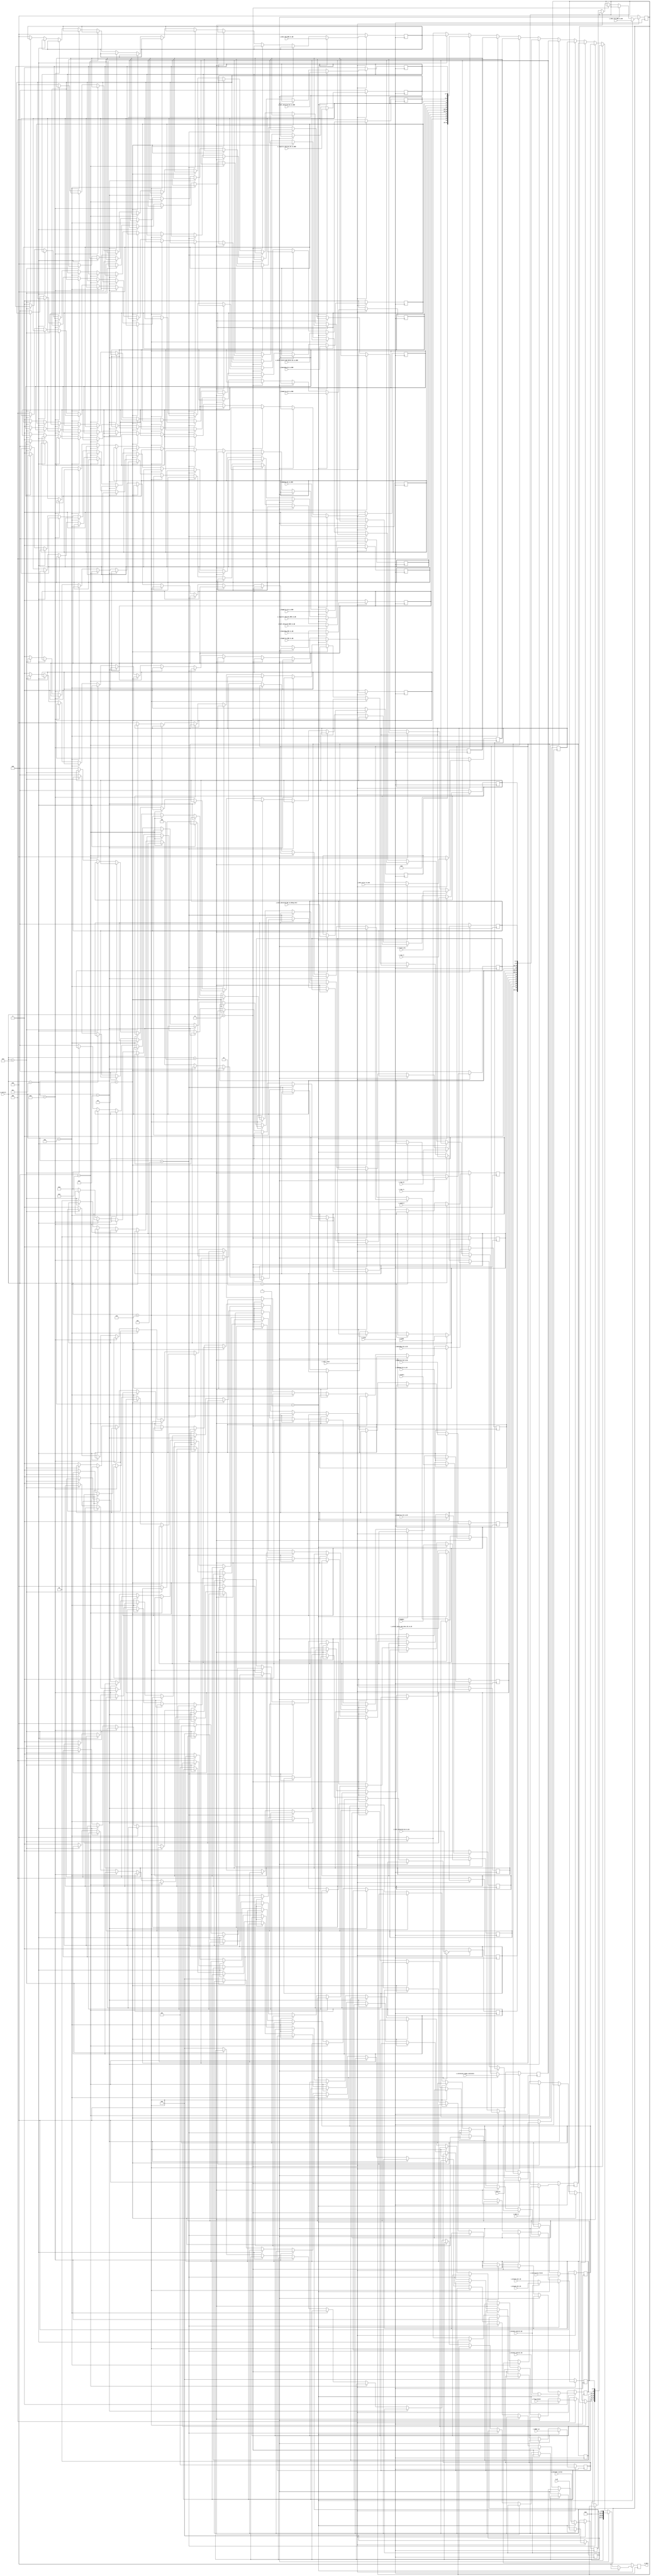
`timescale 1ns / 1ps

//////////////////////////////////////////////////////////////////////////////////////////////////
// Trabajo Practico Nro. 4. MIPS.
// Base de datos.
// Integrantes: Kleiner Matias, Lopez Gaston.
// Materia: Arquitectura de Computadoras.
// FCEFyN. UNC.
// Anio 2019.
//////////////////////////////////////////////////////////////////////////////////////////////////


module database
   #(
        parameter ADDR_LENGTH = 10,
        parameter LONGITUD_INSTRUCCION = 32,
        parameter CANT_BITS_CONTROL = 4,
        parameter CANT_BITS_REGISTROS = 32,
        parameter CANT_BITS_ALU_OP = 2,
        parameter CANT_BITS_ALU_CONTROL = 4,
        parameter CANT_REGISTROS = 32,
        parameter CANT_BITS_SELECT_BYTES_MEM_DATA = 3,
        parameter WIDTH_DATA_MEM = 32,
        parameter CANT_BITS_FLAG_BRANCH = 3
   )
   (
        input i_clock,
        input i_soft_reset,
        input [CANT_BITS_CONTROL - 1 : 0] i_control,

        input [ADDR_LENGTH - 1 : 0] i_contador_ciclos, 

        // Intruction Fetch.
        input [ADDR_LENGTH - 1 : 0] i_pc,
        input [ADDR_LENGTH - 1 : 0] i_adder_pc,
        input [LONGITUD_INSTRUCCION - 1 : 0] i_instruction_fetch,


        // Instruction Decode.

        input [ADDR_LENGTH - 1 : 0] i_branch_dir_ID,
        input i_branch_control_ID,

        input [CANT_BITS_REGISTROS - 1 : 0] i_data_A,
        input [CANT_BITS_REGISTROS - 1 : 0] i_data_B,

        input [CANT_BITS_REGISTROS - 1 : 0] i_extension_signo_constante,
        input [clogb2 (CANT_REGISTROS - 1) - 1 : 0] i_reg_rs,
        input [clogb2 (CANT_REGISTROS - 1) - 1 : 0] i_reg_rt,
        input [clogb2 (CANT_REGISTROS - 1) - 1 : 0] i_reg_rd,
        input i_halt_detected_ID_to_EX,
        input [CANT_BITS_FLAG_BRANCH - 1 : 0] i_flag_branch,
       
        // Control de instruction decode.

        input i_RegDst,
        input i_RegWrite_ID_to_EX,
        input i_ALUSrc,
        input [CANT_BITS_ALU_OP - 1 : 0] i_ALUOp,
        input i_MemRead_ID_to_EX,
        input i_MemWrite_ID_to_EX,
        input i_MemtoReg_ID_to_EX,
        input [CANT_BITS_ALU_CONTROL - 1 : 0] i_ALUCtrl,
        input [CANT_BITS_SELECT_BYTES_MEM_DATA - 1 : 0] i_select_bytes_mem_data_ID_to_EX,


        // Ejecucion

        input i_RegWrite_EX_to_MEM,
        input i_MemRead_EX_to_MEM,
        input i_MemWrite_EX_to_MEM, 
        input i_MemtoReg_EX_to_MEM,
        input [CANT_BITS_SELECT_BYTES_MEM_DATA - 1 : 0] i_select_bytes_mem_datos_EX_to_MEM,
        input i_halt_detected_EX_to_MEM, 
        input [clogb2 (CANT_REGISTROS - 1) - 1 : 0] i_registro_destino_EX_to_MEM,
        input [CANT_BITS_REGISTROS - 1 : 0] i_result_alu,
        input [WIDTH_DATA_MEM - 1 : 0] i_data_write_to_mem,
        input i_branch_control_EX,
        input [ADDR_LENGTH - 1 : 0] i_branch_dir_EX,


        // Memoria

        input i_RegWrite_MEM_to_WB,
        input i_MemtoReg_MEM_to_WB,
        input i_halt_detected_MEM_to_WB,
        input [clogb2 (CANT_REGISTROS - 1) - 1 : 0] i_registro_destino_MEM_to_WB,
        input [CANT_BITS_REGISTROS - 1 : 0] i_data_alu_MEM_to_WB,
        input [CANT_BITS_REGISTROS - 1 : 0] i_data_mem_MEM_to_WB,

        // Write Back

        input i_halt_detected_WB_to_Debug_Unit,

        output reg [LONGITUD_INSTRUCCION - 1 : 0] o_dato

   );

    reg [ADDR_LENGTH - 1 : 0] reg_contador_ciclos;

    // Instruction fetch.
    reg [ADDR_LENGTH - 1 : 0] reg_pc;
    reg [ADDR_LENGTH - 1 : 0] reg_adder_pc;
    reg [LONGITUD_INSTRUCCION - 1 : 0] reg_instruction_fetch;

    //Instruction decode.
    reg [ADDR_LENGTH - 1 : 0] reg_branch_dir;
    reg reg_branch_control;
    reg [CANT_BITS_FLAG_BRANCH - 1 : 0] reg_flag_branch;

    reg [CANT_BITS_REGISTROS - 1 : 0] reg_data_A;
    reg [CANT_BITS_REGISTROS - 1 : 0] reg_data_B;

    reg [CANT_BITS_REGISTROS - 1 : 0] reg_extension_signo_constante;
    reg [clogb2 (CANT_REGISTROS - 1) - 1 : 0] reg_rs;
    reg [clogb2 (CANT_REGISTROS - 1) - 1 : 0] reg_rt;
    reg [clogb2 (CANT_REGISTROS - 1) - 1 : 0] reg_rd;
    reg reg_halt_detected_ID_to_EX;

    // Instruction decode control.
    reg reg_RegDst;
    reg reg_RegWrite_ID_to_EX;
    reg reg_ALUSrc;
    reg [CANT_BITS_ALU_OP - 1 : 0] reg_ALUOp;
    reg reg_MemRead_ID_to_EX;
    reg reg_MemWrite_ID_to_EX;
    reg reg_MemtoReg_ID_to_EX;
    reg [CANT_BITS_ALU_CONTROL - 1 : 0] reg_ALUCtrl;
    reg [CANT_BITS_SELECT_BYTES_MEM_DATA - 1 : 0] reg_select_bytes_mem_data_ID_to_EX; 

    // Ejecucion

    reg reg_RegWrite_EX_to_MEM;
    reg reg_MemRead_EX_to_MEM;
    reg reg_MemWrite_EX_to_MEM; 
    reg reg_MemtoReg_EX_to_MEM;
    reg [CANT_BITS_SELECT_BYTES_MEM_DATA - 1 : 0] reg_select_bytes_mem_datos_EX_to_MEM;
    reg reg_halt_detected_EX_to_MEM; 
    reg [clogb2 (CANT_REGISTROS - 1) - 1 : 0] reg_registro_destino_EX_to_MEM;
    reg [CANT_BITS_REGISTROS - 1 : 0] reg_result_alu;
    reg [WIDTH_DATA_MEM - 1 : 0] reg_data_write_to_mem;
    



    // Memoria

    reg reg_RegWrite_MEM_to_WB;
    reg reg_MemtoReg_MEM_to_WB;
    reg reg_halt_detected_MEM_to_WB;
    reg [clogb2 (CANT_REGISTROS - 1) - 1 : 0] reg_registro_destino_MEM_to_WB;
    reg [CANT_BITS_REGISTROS - 1 : 0] reg_data_alu_MEM_to_WB;
    reg [CANT_BITS_REGISTROS - 1 : 0] reg_data_mem_MEM_to_WB;

    // Write Back
    reg reg_halt_detected_WB_to_Debug_Unit;

   //  The following function calculates the address width based on specified RAM depth
    function integer clogb2;
        input integer depth;
            for (clogb2=0; depth>0; clogb2=clogb2+1)
                depth = depth >> 1;
    endfunction


    // Wires.
    wire wire_branch_control_IF;
    assign wire_branch_control_IF = i_branch_control_EX | i_branch_control_ID;
    wire [ADDR_LENGTH - 1 : 0] wire_branch_dir_IF;
    assign wire_branch_dir_IF = (i_branch_control_EX) ? i_branch_dir_EX : i_branch_dir_ID;
  
  always @(posedge i_clock) begin
    if (~ i_soft_reset) begin
        reg_pc <= 0;
        reg_adder_pc <= 4;
        reg_instruction_fetch <= 0;
        reg_contador_ciclos <= 0;
        o_dato <= 0;
        reg_branch_dir <= 0;
        reg_branch_control <= 0;
        reg_data_A <= 0; 
        reg_data_B <= 0;
        reg_extension_signo_constante <= 0;
        reg_rs <= 0;
        reg_rt <= 0;
        reg_rd <= 0;
        reg_RegDst <= 0;
        reg_RegWrite_ID_to_EX <= 0;
        reg_ALUSrc <= 0;
        reg_ALUOp <= 0;
        reg_MemRead_ID_to_EX <= 0;
        reg_MemWrite_ID_to_EX <= 0;
        reg_MemtoReg_ID_to_EX <= 0;
        reg_ALUCtrl <= 0;
        reg_select_bytes_mem_data_ID_to_EX <= 0;
        reg_halt_detected_ID_to_EX <= 0;
        reg_RegWrite_EX_to_MEM <= 0;
        reg_MemRead_EX_to_MEM <= 0;
        reg_MemWrite_EX_to_MEM <= 0; 
        reg_MemtoReg_EX_to_MEM <= 0;
        reg_select_bytes_mem_datos_EX_to_MEM <= 0;
        reg_halt_detected_EX_to_MEM <= 0; 
        reg_registro_destino_EX_to_MEM <= 0;
        reg_result_alu <= 0;
        reg_data_write_to_mem <= 0;
        reg_RegWrite_MEM_to_WB <= 0;
        reg_MemtoReg_MEM_to_WB <= 0;
        reg_halt_detected_MEM_to_WB <= 0;
        reg_registro_destino_MEM_to_WB <= 0;
        reg_data_alu_MEM_to_WB <= 0;
        reg_data_mem_MEM_to_WB <= 0;
        reg_halt_detected_WB_to_Debug_Unit <= 0;
        reg_flag_branch <= 0;
    end
    else begin
        if (i_control == 0) begin // No se hace nada, se mantienen los valores.
            reg_pc <= reg_pc;
            reg_adder_pc <= reg_adder_pc;
            reg_instruction_fetch <= reg_instruction_fetch;
            o_dato <= o_dato;
            reg_contador_ciclos <= reg_contador_ciclos;
            reg_branch_dir <= reg_branch_dir;
            reg_branch_control <= reg_branch_control;
            reg_data_A <= reg_data_A; 
            reg_data_B <= reg_data_B;
            reg_extension_signo_constante <= reg_extension_signo_constante;
            reg_rs <= reg_rs;
            reg_rt <= reg_rt;
            reg_rd <= reg_rd;
            reg_RegDst <= reg_RegDst;
            reg_RegWrite_ID_to_EX <= reg_RegWrite_ID_to_EX;
            reg_ALUSrc <= reg_ALUSrc;
            reg_ALUOp <= reg_ALUOp;
            reg_MemRead_ID_to_EX <= reg_MemRead_ID_to_EX;
            reg_MemWrite_ID_to_EX <= reg_MemWrite_ID_to_EX;
            reg_MemtoReg_ID_to_EX <= reg_MemtoReg_ID_to_EX;
            reg_ALUCtrl <= reg_ALUCtrl;
            reg_select_bytes_mem_data_ID_to_EX <= reg_select_bytes_mem_data_ID_to_EX;
            reg_halt_detected_ID_to_EX <= reg_halt_detected_ID_to_EX;
            reg_RegWrite_EX_to_MEM <= reg_RegWrite_EX_to_MEM;
            reg_MemRead_EX_to_MEM <= reg_MemRead_EX_to_MEM;
            reg_MemWrite_EX_to_MEM <= reg_MemWrite_EX_to_MEM; 
            reg_MemtoReg_EX_to_MEM <= reg_MemtoReg_EX_to_MEM;
            reg_select_bytes_mem_datos_EX_to_MEM <= reg_select_bytes_mem_datos_EX_to_MEM;
            reg_halt_detected_EX_to_MEM <= reg_halt_detected_EX_to_MEM; 
            reg_registro_destino_EX_to_MEM <= reg_registro_destino_EX_to_MEM;
            reg_result_alu <= reg_result_alu;
            reg_data_write_to_mem <= reg_data_write_to_mem;
            reg_RegWrite_MEM_to_WB <= reg_RegWrite_MEM_to_WB;
            reg_MemtoReg_MEM_to_WB <= reg_MemtoReg_MEM_to_WB;
            reg_halt_detected_MEM_to_WB <= reg_halt_detected_MEM_to_WB;
            reg_registro_destino_MEM_to_WB <= reg_registro_destino_MEM_to_WB;
            reg_data_alu_MEM_to_WB <= reg_data_alu_MEM_to_WB;
            reg_data_mem_MEM_to_WB <= reg_data_mem_MEM_to_WB;
            reg_halt_detected_WB_to_Debug_Unit <= reg_halt_detected_WB_to_Debug_Unit;
            reg_flag_branch <= reg_flag_branch;
        end 
        if (i_control == 1) begin // Se guardan los valores de las entradas en los registros.
            reg_pc <= i_pc;
            reg_adder_pc <= i_adder_pc;
            reg_instruction_fetch <= i_instruction_fetch;
            reg_contador_ciclos <= i_contador_ciclos;
            o_dato <= 0;
            reg_branch_dir <= wire_branch_dir_IF;
            reg_branch_control <= wire_branch_control_IF;
            reg_flag_branch <= i_flag_branch;
            reg_data_A <= i_data_A; 
            reg_data_B <= i_data_B;
            reg_extension_signo_constante <= i_extension_signo_constante;
            reg_rs <= i_reg_rs;
            reg_rt <= i_reg_rt;
            reg_rd <= i_reg_rd;
            reg_RegDst <= i_RegDst;
            reg_RegWrite_ID_to_EX <= i_RegWrite_ID_to_EX;
            reg_ALUSrc <= i_ALUSrc;
            reg_ALUOp <= i_ALUOp;
            reg_MemRead_ID_to_EX <= i_MemRead_ID_to_EX;
            reg_MemWrite_ID_to_EX <= i_MemWrite_ID_to_EX;
            reg_MemtoReg_ID_to_EX <= i_MemtoReg_ID_to_EX;
            reg_ALUCtrl <= i_ALUCtrl;
            reg_select_bytes_mem_data_ID_to_EX <= i_select_bytes_mem_data_ID_to_EX;
            reg_halt_detected_ID_to_EX <= i_halt_detected_ID_to_EX;
            reg_RegWrite_EX_to_MEM <= i_RegWrite_EX_to_MEM;
            reg_MemRead_EX_to_MEM <= i_MemRead_EX_to_MEM;
            reg_MemWrite_EX_to_MEM <= i_MemWrite_EX_to_MEM; 
            reg_MemtoReg_EX_to_MEM <= i_MemtoReg_EX_to_MEM;
            reg_select_bytes_mem_datos_EX_to_MEM <= i_select_bytes_mem_datos_EX_to_MEM;
            reg_halt_detected_EX_to_MEM <= i_halt_detected_EX_to_MEM; 
            reg_registro_destino_EX_to_MEM <= i_registro_destino_EX_to_MEM;
            reg_result_alu <= i_result_alu;
            reg_data_write_to_mem <= i_data_write_to_mem;
            reg_RegWrite_MEM_to_WB <= i_RegWrite_MEM_to_WB;
            reg_MemtoReg_MEM_to_WB <= i_MemtoReg_MEM_to_WB;
            reg_halt_detected_MEM_to_WB <= i_halt_detected_MEM_to_WB;
            reg_registro_destino_MEM_to_WB <= i_registro_destino_MEM_to_WB;
            reg_data_alu_MEM_to_WB <= i_data_alu_MEM_to_WB;
            reg_data_mem_MEM_to_WB <= i_data_mem_MEM_to_WB;
            reg_halt_detected_WB_to_Debug_Unit <= i_halt_detected_WB_to_Debug_Unit;
                       
        end
        else if (i_control == 2) begin // Se devuelve el contador de programa y el contador de ciclos a la salida.
            o_dato <= {reg_pc, {((CANT_BITS_REGISTROS/2) - ADDR_LENGTH){1'b0}}, reg_contador_ciclos};
        end
        else if (i_control == 3) begin // Se devuelve la salida del adder del instruction fetch en la salida de este modulo. Tambien la direccion, el control del salto y el flag branch.
            o_dato <= {reg_adder_pc, {((CANT_BITS_REGISTROS/2) - ADDR_LENGTH - CANT_BITS_FLAG_BRANCH - 1){1'b0}}, reg_flag_branch, reg_branch_control, reg_branch_dir};
        end
        
        else if (i_control == 4) begin // Se devuelve la instruccion que pasa a la etapa de ID en la salida de este modulo. 
            o_dato <= reg_instruction_fetch;
        end
        
        else if (i_control == 5) begin // Se devuelve el contenido de reg_data_A  en la salida de este modulo. 
            o_dato <= reg_data_A;
        end
        else if (i_control == 6) begin // Se devuelve el contenido de reg_data_B  en la salida de este modulo. 
            o_dato <= reg_data_B;
        end
        else if (i_control == 7) begin // Se devuelve el contenido de reg_extension_signo_constante en la salida de este modulo. 
            o_dato <= reg_extension_signo_constante;
        end
        else if (i_control == 8) begin // Se devuelve el contenido de reg_rs, reg_rt y reg_rd en la salida de este modulo, ademas de las seales de control de la etapa ID. 
            o_dato <= {reg_select_bytes_mem_data_ID_to_EX, reg_halt_detected_ID_to_EX, reg_RegDst, reg_RegWrite_ID_to_EX, reg_ALUSrc, reg_MemRead_ID_to_EX, reg_MemWrite_ID_to_EX, reg_MemtoReg_ID_to_EX, reg_ALUOp, reg_ALUCtrl, {((CANT_BITS_REGISTROS/2) - clogb2 (CANT_REGISTROS - 1) * 3){1'b0}}, reg_rs, reg_rt, reg_rd};
        end
        // Ejecucion
        else if (i_control == 9) begin // Se devuelve el resultado de la ALU.
            o_dato <= reg_result_alu; 
        end
        else if (i_control == 10) begin // Se devuelve lo que se va a escribir en memoria.
            o_dato <= reg_data_write_to_mem;
        end
        else if (i_control == 11) begin // Se devuelven seales de control y el registro destino de la etapa EX.
            o_dato <= {reg_halt_detected_WB_to_Debug_Unit, reg_RegWrite_MEM_to_WB, reg_MemtoReg_MEM_to_WB, reg_halt_detected_MEM_to_WB, reg_registro_destino_MEM_to_WB, {((CANT_BITS_REGISTROS / 2) - CANT_BITS_SELECT_BYTES_MEM_DATA - clogb2 (CANT_BITS_REGISTROS - 1) - 5) {1'b0}},reg_RegWrite_EX_to_MEM, reg_MemRead_EX_to_MEM, reg_MemWrite_EX_to_MEM, reg_MemtoReg_EX_to_MEM, reg_select_bytes_mem_datos_EX_to_MEM, reg_halt_detected_EX_to_MEM, reg_registro_destino_EX_to_MEM};
        end
        else if (i_control == 12) begin
            o_dato <= reg_data_mem_MEM_to_WB;
        end
        else if (i_control == 13) begin
            o_dato <= reg_data_alu_MEM_to_WB;
        end
        else begin
            reg_pc <= 0;
            reg_adder_pc <= 4;
            reg_instruction_fetch <= 0;
            reg_contador_ciclos <= 0;
            o_dato <= 0;
            reg_branch_dir <= 0;
            reg_branch_control <= 0;
            reg_data_A <= 0; 
            reg_data_B <= 0;
            reg_extension_signo_constante <= 0;
            reg_rs <= 0;
            reg_rt <= 0;
            reg_rd <= 0;
            reg_RegDst <= 0;
            reg_RegWrite_ID_to_EX <= 0;
            reg_ALUSrc <= 0;
            reg_ALUOp <= 0;
            reg_MemRead_ID_to_EX <= 0;
            reg_MemWrite_ID_to_EX <= 0;
            reg_MemtoReg_ID_to_EX <= 0;
            reg_ALUCtrl <= 0;
            reg_select_bytes_mem_data_ID_to_EX <= 0;
            reg_halt_detected_ID_to_EX <= 0;
            reg_RegWrite_EX_to_MEM <= 0;
            reg_MemRead_EX_to_MEM <= 0;
            reg_MemWrite_EX_to_MEM <= 0; 
            reg_MemtoReg_EX_to_MEM <= 0;
            reg_select_bytes_mem_datos_EX_to_MEM <= 0;
            reg_halt_detected_EX_to_MEM <= 0; 
            reg_registro_destino_EX_to_MEM <= 0;
            reg_result_alu <= 0;
            reg_data_write_to_mem <= 0;
            reg_RegWrite_MEM_to_WB <= 0;
            reg_MemtoReg_MEM_to_WB <= 0;
            reg_halt_detected_MEM_to_WB <= 0;
            reg_registro_destino_MEM_to_WB <= 0;
            reg_data_alu_MEM_to_WB <= 0;
            reg_data_mem_MEM_to_WB <= 0;
            reg_flag_branch <= 0;
        end
    end

  end

endmodule